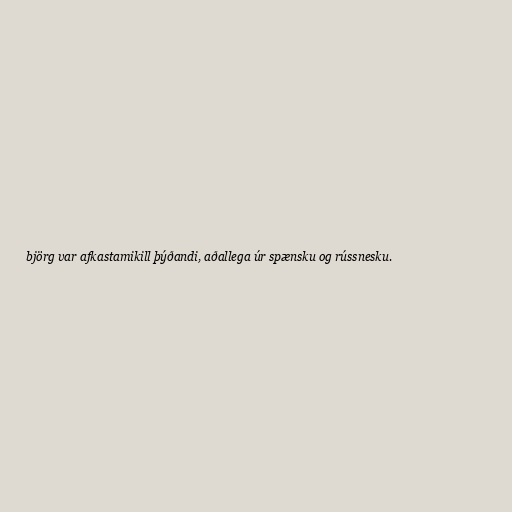
björg var afkastamikill þýðandi, aðallega úr spænsku og rússnesku.